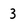
Character: 3